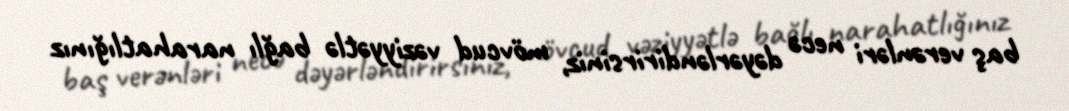
baş verənləri necə dəyərləndirirsiniz, mövcud vəziyyətlə bağlı narahatlığınız